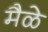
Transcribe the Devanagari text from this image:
मैळे